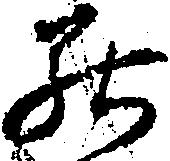
罷